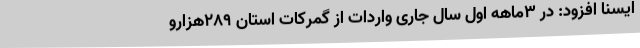
ایسنا افزود: در 3ماهه اول سال جاری واردات از گمرکات استان 289هزارو